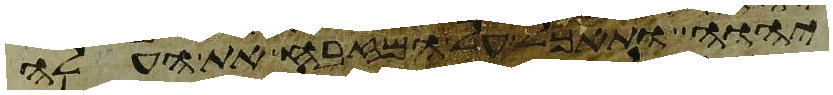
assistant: יהוה ותאכל על המזבח את העלה